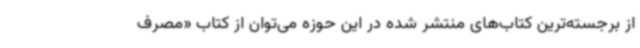
از برجسته‌ترین کتاب‌های منتشر شده در این حوزه می‌توان از کتاب «مصرف